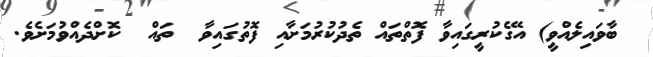
ބާވައިލެއްވީ) އޭގެކުރީގައިވާ ފޮތްތައް ތެދުކުރުމަށާއި ފޮތުގައިވާ  ތައް  ކޮށްދެއްވުމަށެވެ.